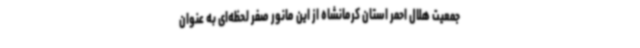
جمعیت هلال احمر استان کرمانشاه از این مانور صفر لحظه‌ای به عنوان